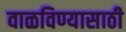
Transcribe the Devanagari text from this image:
वाळविण्यासाठी